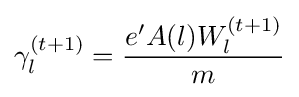
\gamma _{l}^{(t+1)}={\frac {e'A(l)W_{l}^{(t+1)}}{m}}